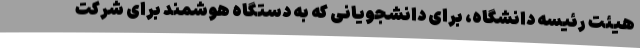
هیئت رئیسه دانشگاه، برای دانشجویانی که به دستگاه هوشمند برای شرکت